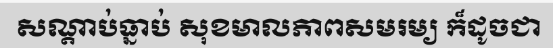
សណ្តាប់ធ្នាប់ សុខមាលភាពសមរម្យ ក៏ដូចជា